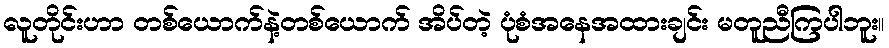
လူတိုင်းဟာ တစ်ယောက်နဲ့တစ်ယောက် အိပ်တဲ့ ပုံစံအနေအထားချင်း မတူညီကြပါဘူး။